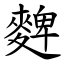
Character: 䴽